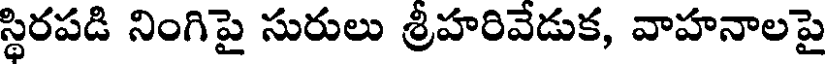
స్థిరపడి నింగిపై సురులు శ్రీహరివేడుక, వాహనాలపై